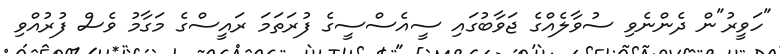
"ހަވީރު"ން ދެންނެވި ސުވާލެއްގެ ޖަވާބުގައި ސީއެސްސީގެ ފުރަތަމަ ރައީސްގެ މަގާމު ވެސް ފުރުއްވި